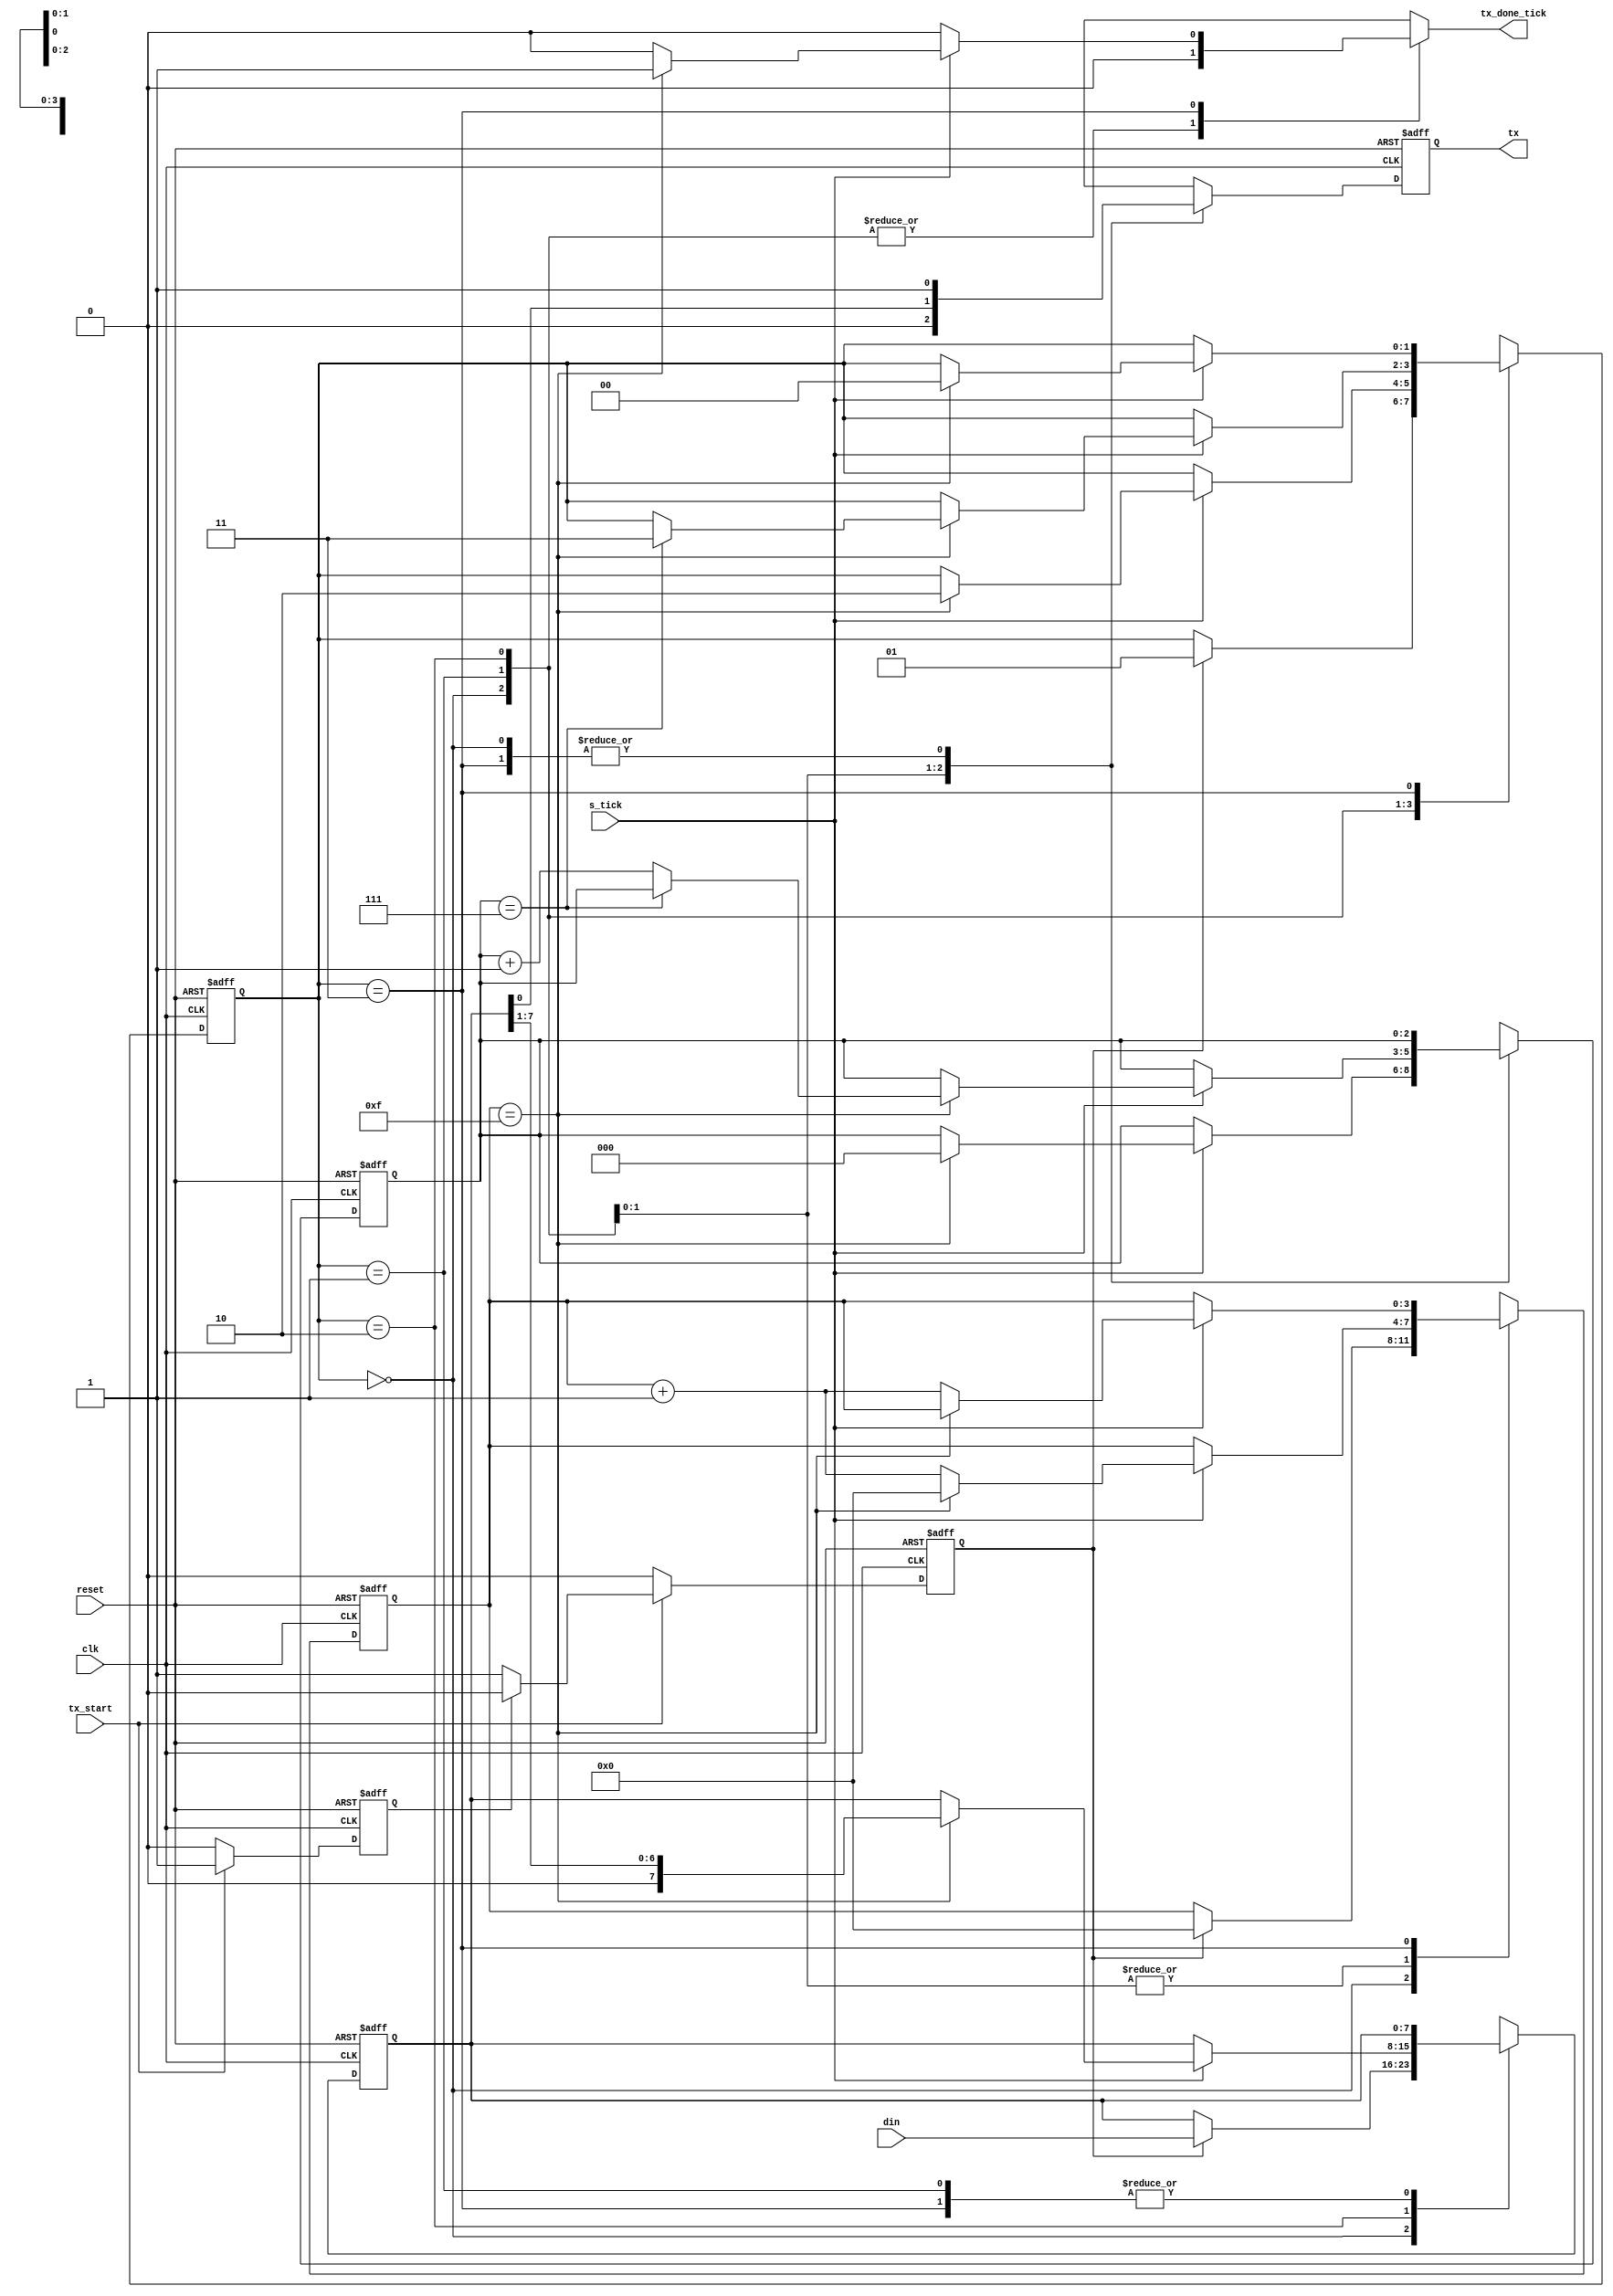
/************************************************************************************
*     The UART design files are owned and controlled by Eleptic Technologies    	*
*	  and must be used only for laboratory experiments for the course "Computer  	*
*     Architecture" offered in Habib University. It is not allowed to edit these 	*
*	  files without prior permission from Eleptic Technologies. Furthermore, the 	*
*	  design files can only be used with the Eleptic Technologies devices and/or 	*
*	  software. Use with non-Eleptic devices or softwares is strictly prohibited 	*
*     and immediately terminates your license.                                 		*
*                                                              		                *
*	  Developer:	Hasan Baig														*
*	  Vendor: 		Eleptic Technologies											*
*																					*
*     (c) Copyright 2018-2019 Eleptic Technologies,                                 *
*     All rights reserved.                                          	            *
************************************************************************************/

module tx
(
	input 		clk, 
	input 		reset ,
	input 		tx_start, 
	input 		s_tick ,
	input [7:0] din ,
	
	output reg	tx_done_tick ,
	output wire tx
);

parameter DBIT = 8 , 	// # data bits
SB_TICK = 16 ;			// # ticks for stop bits

// symbolic state declaration
localparam [1:0]
idle 	= 2'b00,
start 	= 2'b01,
data 	= 2'b10,
stop 	= 2'b11;

// signal declaration
reg [1:0]	state_reg , state_next ;
reg [3:0]	s_reg, s_next ;
reg [2:0]	n_reg , n_next ;
reg [7:0]	b_reg , b_next ;
reg 		tx_reg , tx_next ;
reg			s, count;

// FSMD state & data registers
always @ ( posedge clk , posedge reset )
begin
	if ( reset )
	begin
		state_reg	<= idle ;
		s_reg 		<= 0 ;
		n_reg 		<= 0 ;
		b_reg 		<= 0 ;
		tx_reg 		<= 1'b1 ;
	end
	
	else
	begin
		state_reg	<= state_next ;
		s_reg 		<= s_next ;
		n_reg 		<= n_next ;
		b_reg 		<= b_next ;
		tx_reg 		<= tx_next ;
	end
end
// FSMD next-state logic & functional units

always @ ( posedge clk , posedge reset )
begin
	if	(reset)
	begin
		s		<=	1'b0;	
		count	<=	1'b0;
	end
	
	else 
	begin	
		if (tx_start)
		begin
			if(count == 1'b0)
			begin
				s		<=	1'b1;	
				count	<=	1'b1;
			end
			
			else
				s		<=	1'b0;
		end
	
		else
		begin
			count	<=	1'b0;
			s		<=	1'b0;
		end
	end
end

always @(*)
begin
	state_next		= state_reg ;
	tx_done_tick	= 1'b0;
	s_next			= s_reg ;
	n_next 			= n_reg ;
	b_next 			= b_reg ;
	tx_next 		= tx_reg ;

	case ( state_reg )
		idle :
				begin
					tx_next = 1'b1 ;
					if (s)
					begin
						state_next = start ;
						s_next = 0 ;
						b_next = din;
					end
				end

		start :
				begin
					tx_next = 1'b0 ;
					if ( s_tick )
						if ( s_reg == 15 )
						begin
							state_next = data ;
							s_next = 0 ;
							n_next = 0 ;
						end
					else
						s_next = s_reg + 1'b1 ;
				end
		
		data :
				begin
					tx_next = b_reg [0] ;
					if ( s_tick )
						if ( s_reg == 15 )
						begin
							s_next = 0 ;
							b_next = b_reg >> 1 ;
							if (n_reg == (DBIT-1))
								state_next = stop ;
							else
								n_next = n_reg + 1'b1;
						end
						else
							s_next = s_reg + 1'b1 ;
				end
		
		stop :
				begin
					tx_next = 1'b1 ;
					if ( s_tick )
						if (s_reg == (SB_TICK - 1 ))
						begin
							state_next = idle ;
							tx_done_tick = 1'b1 ;
						end
					else
					s_next = s_reg + 1'b1;
				end

	endcase

end

//output
assign tx = tx_reg ;

endmodule